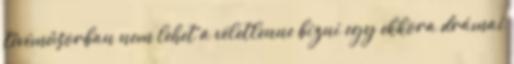
tévéműsorban nem lehet a véletlenne bízni egy ekkora drámai